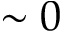
\sim 0